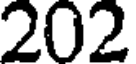
202